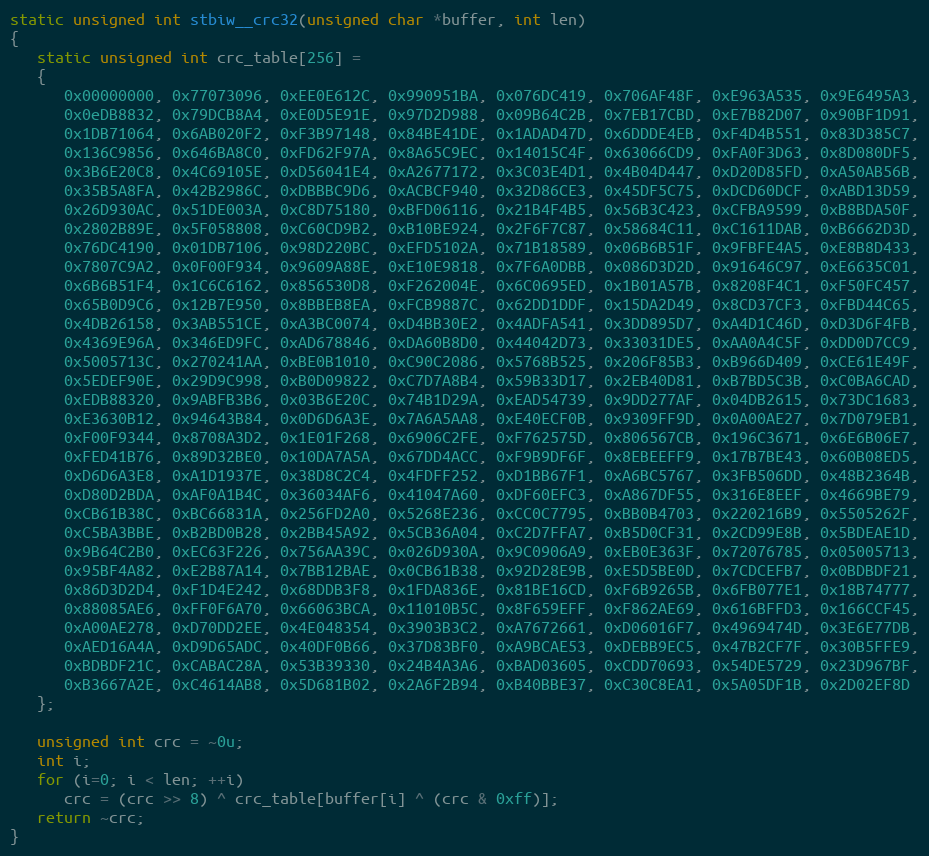
Language: C
static unsigned int stbiw__crc32(unsigned char *buffer, int len)
{
   static unsigned int crc_table[256] =
   {
      0x00000000, 0x77073096, 0xEE0E612C, 0x990951BA, 0x076DC419, 0x706AF48F, 0xE963A535, 0x9E6495A3,
      0x0eDB8832, 0x79DCB8A4, 0xE0D5E91E, 0x97D2D988, 0x09B64C2B, 0x7EB17CBD, 0xE7B82D07, 0x90BF1D91,
      0x1DB71064, 0x6AB020F2, 0xF3B97148, 0x84BE41DE, 0x1ADAD47D, 0x6DDDE4EB, 0xF4D4B551, 0x83D385C7,
      0x136C9856, 0x646BA8C0, 0xFD62F97A, 0x8A65C9EC, 0x14015C4F, 0x63066CD9, 0xFA0F3D63, 0x8D080DF5,
      0x3B6E20C8, 0x4C69105E, 0xD56041E4, 0xA2677172, 0x3C03E4D1, 0x4B04D447, 0xD20D85FD, 0xA50AB56B,
      0x35B5A8FA, 0x42B2986C, 0xDBBBC9D6, 0xACBCF940, 0x32D86CE3, 0x45DF5C75, 0xDCD60DCF, 0xABD13D59,
      0x26D930AC, 0x51DE003A, 0xC8D75180, 0xBFD06116, 0x21B4F4B5, 0x56B3C423, 0xCFBA9599, 0xB8BDA50F,
      0x2802B89E, 0x5F058808, 0xC60CD9B2, 0xB10BE924, 0x2F6F7C87, 0x58684C11, 0xC1611DAB, 0xB6662D3D,
      0x76DC4190, 0x01DB7106, 0x98D220BC, 0xEFD5102A, 0x71B18589, 0x06B6B51F, 0x9FBFE4A5, 0xE8B8D433,
      0x7807C9A2, 0x0F00F934, 0x9609A88E, 0xE10E9818, 0x7F6A0DBB, 0x086D3D2D, 0x91646C97, 0xE6635C01,
      0x6B6B51F4, 0x1C6C6162, 0x856530D8, 0xF262004E, 0x6C0695ED, 0x1B01A57B, 0x8208F4C1, 0xF50FC457,
      0x65B0D9C6, 0x12B7E950, 0x8BBEB8EA, 0xFCB9887C, 0x62DD1DDF, 0x15DA2D49, 0x8CD37CF3, 0xFBD44C65,
      0x4DB26158, 0x3AB551CE, 0xA3BC0074, 0xD4BB30E2, 0x4ADFA541, 0x3DD895D7, 0xA4D1C46D, 0xD3D6F4FB,
      0x4369E96A, 0x346ED9FC, 0xAD678846, 0xDA60B8D0, 0x44042D73, 0x33031DE5, 0xAA0A4C5F, 0xDD0D7CC9,
      0x5005713C, 0x270241AA, 0xBE0B1010, 0xC90C2086, 0x5768B525, 0x206F85B3, 0xB966D409, 0xCE61E49F,
      0x5EDEF90E, 0x29D9C998, 0xB0D09822, 0xC7D7A8B4, 0x59B33D17, 0x2EB40D81, 0xB7BD5C3B, 0xC0BA6CAD,
      0xEDB88320, 0x9ABFB3B6, 0x03B6E20C, 0x74B1D29A, 0xEAD54739, 0x9DD277AF, 0x04DB2615, 0x73DC1683,
      0xE3630B12, 0x94643B84, 0x0D6D6A3E, 0x7A6A5AA8, 0xE40ECF0B, 0x9309FF9D, 0x0A00AE27, 0x7D079EB1,
      0xF00F9344, 0x8708A3D2, 0x1E01F268, 0x6906C2FE, 0xF762575D, 0x806567CB, 0x196C3671, 0x6E6B06E7,
      0xFED41B76, 0x89D32BE0, 0x10DA7A5A, 0x67DD4ACC, 0xF9B9DF6F, 0x8EBEEFF9, 0x17B7BE43, 0x60B08ED5,
      0xD6D6A3E8, 0xA1D1937E, 0x38D8C2C4, 0x4FDFF252, 0xD1BB67F1, 0xA6BC5767, 0x3FB506DD, 0x48B2364B,
      0xD80D2BDA, 0xAF0A1B4C, 0x36034AF6, 0x41047A60, 0xDF60EFC3, 0xA867DF55, 0x316E8EEF, 0x4669BE79,
      0xCB61B38C, 0xBC66831A, 0x256FD2A0, 0x5268E236, 0xCC0C7795, 0xBB0B4703, 0x220216B9, 0x5505262F,
      0xC5BA3BBE, 0xB2BD0B28, 0x2BB45A92, 0x5CB36A04, 0xC2D7FFA7, 0xB5D0CF31, 0x2CD99E8B, 0x5BDEAE1D,
      0x9B64C2B0, 0xEC63F226, 0x756AA39C, 0x026D930A, 0x9C0906A9, 0xEB0E363F, 0x72076785, 0x05005713,
      0x95BF4A82, 0xE2B87A14, 0x7BB12BAE, 0x0CB61B38, 0x92D28E9B, 0xE5D5BE0D, 0x7CDCEFB7, 0x0BDBDF21,
      0x86D3D2D4, 0xF1D4E242, 0x68DDB3F8, 0x1FDA836E, 0x81BE16CD, 0xF6B9265B, 0x6FB077E1, 0x18B74777,
      0x88085AE6, 0xFF0F6A70, 0x66063BCA, 0x11010B5C, 0x8F659EFF, 0xF862AE69, 0x616BFFD3, 0x166CCF45,
      0xA00AE278, 0xD70DD2EE, 0x4E048354, 0x3903B3C2, 0xA7672661, 0xD06016F7, 0x4969474D, 0x3E6E77DB,
      0xAED16A4A, 0xD9D65ADC, 0x40DF0B66, 0x37D83BF0, 0xA9BCAE53, 0xDEBB9EC5, 0x47B2CF7F, 0x30B5FFE9,
      0xBDBDF21C, 0xCABAC28A, 0x53B39330, 0x24B4A3A6, 0xBAD03605, 0xCDD70693, 0x54DE5729, 0x23D967BF,
      0xB3667A2E, 0xC4614AB8, 0x5D681B02, 0x2A6F2B94, 0xB40BBE37, 0xC30C8EA1, 0x5A05DF1B, 0x2D02EF8D
   };

   unsigned int crc = ~0u;
   int i;
   for (i=0; i < len; ++i)
      crc = (crc >> 8) ^ crc_table[buffer[i] ^ (crc & 0xff)];
   return ~crc;
}